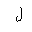
Letter: _lam